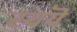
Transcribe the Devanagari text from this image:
स्वयॆ